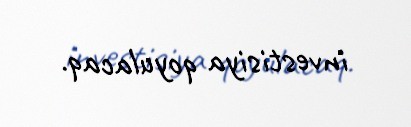
investisiya qoyulacaq.